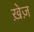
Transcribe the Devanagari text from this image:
ख़ेज़